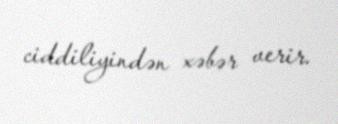
ciddiliyindən xəbər verir.